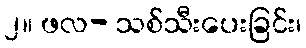
၂။ ဖလ- သစ်သီးပေးခြင်း၊